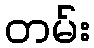
တမ်း